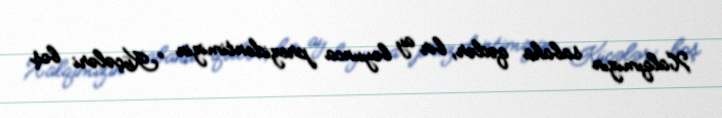
Xalqımızın sabaha qədər, bir ay boyunca prezidentimizin “Küçələri boş